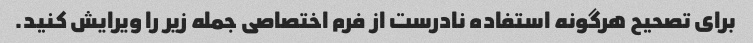
برای تصحیح هرگونه استفاده نادرست از فرم اختصاصی جمله زیر را ویرایش کنید.